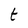
Character: t